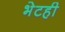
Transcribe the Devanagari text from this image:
भेटही